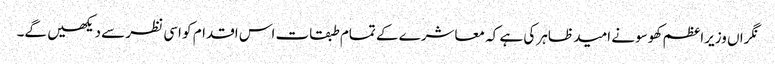
نگراں وزیراعظم کھوسو نے امید ظاہر کی ہے کہ معاشرے کے تمام طبقات اس اقدام کو اسی نظر سے دیکھیں گے۔